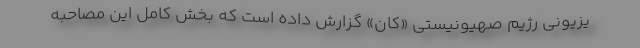
یزیونی رژیم صهیونیستی «کان» گزارش داده است که بخش کامل این مصاحبه